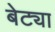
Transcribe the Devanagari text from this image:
बेट्या